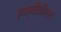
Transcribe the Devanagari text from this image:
एम्‌बीबीएस